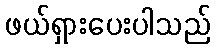
ဖယ်ရှားပေးပါသည်